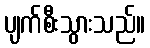
ပျက်စီးသွားသည်။